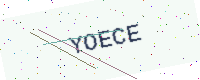
Text: YOECE